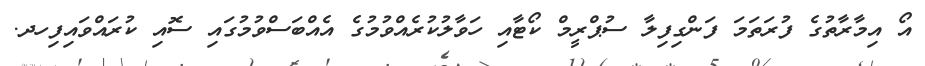
އޯ އިމާރާތުގެ ފުރަތަމަ ފަންގިފިލާ ސުޕްރީމް ކޯޓާއި ހަވާލުކުރެއްވުމުގެ އެއްބަސްވުމުގައި ސޮއި ކުރައްވައިފިހދ.